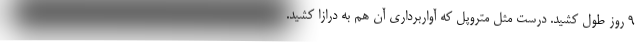
۹ روز طول کشید. درست مثل متروپل که آواربرداری آن هم به درازا کشید.